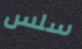
سلس